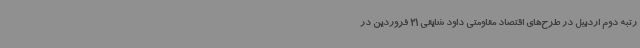
رتبه دوم اردبیل در طرح‌های اقتصاد مقاومتی داود شایقی 21 فروردین در